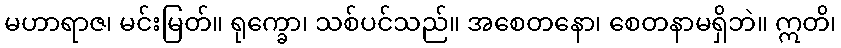
မဟာရာဇ၊ မင်းမြတ်။ ရုက္ခော၊ သစ်ပင်သည်။ အစေတနော၊ စေတနာမရှိဘဲ။ ဣတိ၊